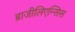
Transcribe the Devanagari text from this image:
ब्राजीलिएन्सिस